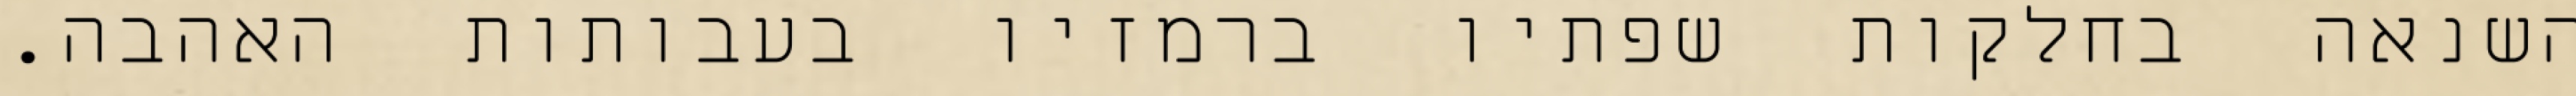
השנאה בחלקות שפתיו ברמזיו בעבותות האהבה.